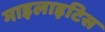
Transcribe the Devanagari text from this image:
माइलाइटिस